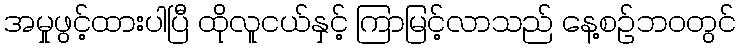
အမှုဖွင့်ထားပါပြီ ထိုလူငယ်နှင့် ကြာမြင့်လာသည် နေ့စဉ်ဘ၀တွင်